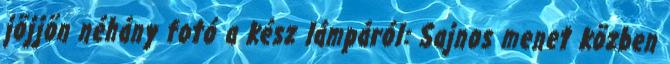
jöjjön néhány fotó a kész lámpáról: Sajnos menet közben